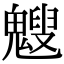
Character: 𩴍